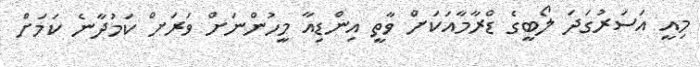
މިއީ އަސަރުގަދަ ލޯބީގެ ޑްރާމާއަކަށް ވާތީ އިންޑިއާ މީހުންނަށް ވަރަށް ކަމުދާނެ ކަމަށް